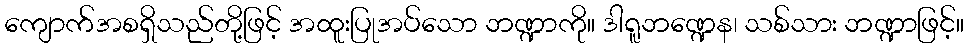
ကျောက်အစရှိသည်တို့ဖြင့် အထူးပြုအပ်သော ဘဏ္ဍာကို။ ဒါရူဘဏ္ဍေန၊ သစ်သား ဘဏ္ဍာဖြင့်။